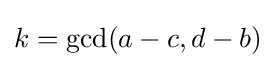
k=\operatorname {gcd} (a-c,d-b)